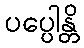
ပပ္ပေါန္တိ